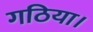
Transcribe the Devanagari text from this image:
गठिया।